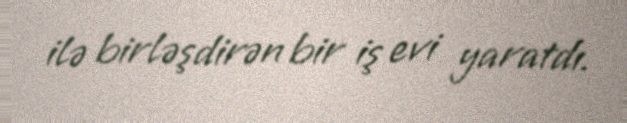
ilə birləşdirən bir iş evi yaratdı.